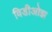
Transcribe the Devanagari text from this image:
विडीओझ